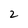
Character: 2